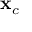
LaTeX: \mathbf { x } _ { c }